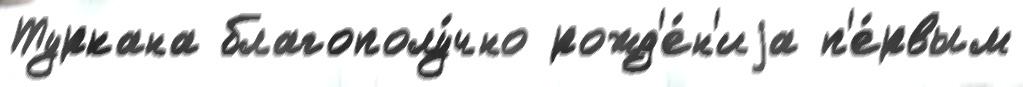
Туркана благополу́чно рожд'е́н'иjа п'е́рвым